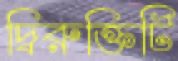
দ্বিরুক্তিটি